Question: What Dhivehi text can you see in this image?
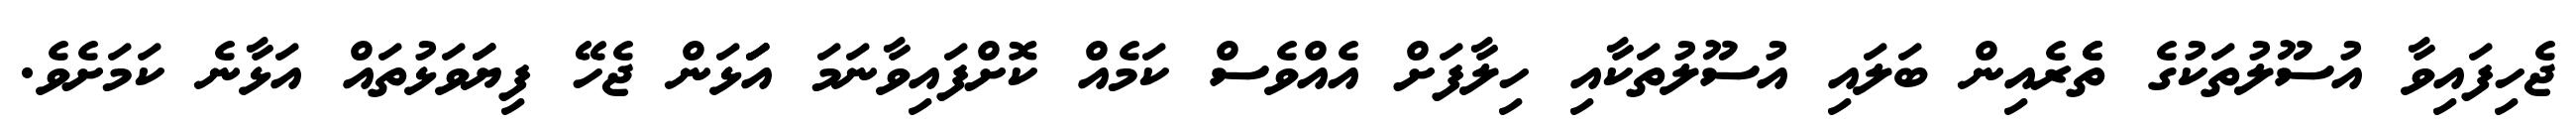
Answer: ޖެހިފައިވާ އުސޫލުތަކުގެ ތެެރެއިން ބަލައި އުސޫލުތަކާއި ހިލާފަށް އެއްވެސް ކަމެއް ކޮށްފައިވާނަމަ އަަަޅަން ޖެހޭ ފިޔަަވަޅުތައް އަޅާނެ ކަމަށެވެ.